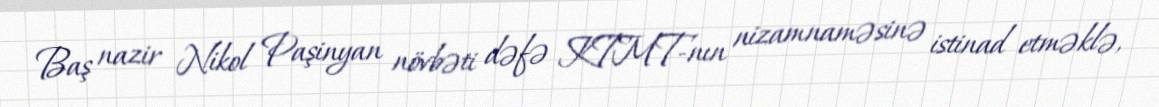
Baş nazir Nikol Paşinyan növbəti dəfə KTMT-nın nizamnaməsinə istinad etməklə,